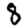
Digit: 8